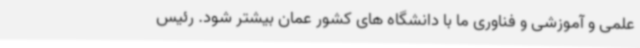
علمی و آموزشی و فناوری ما با دانشگاه های کشور عمان بیشتر شود. رئیس